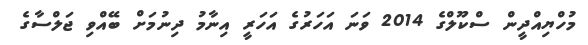
މުހްޔިއްދީން ސްކޫލްގެ 2014 ވަނަ އަހަރުގެ އަހަރީ އިނާމު ދިނުމަށް ބޭއްވި ޖަލްސާގެ